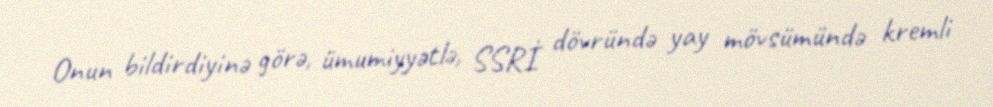
Onun bildirdiyinə görə, ümumiyyətlə, SSRİ dövründə yay mövsümündə kremli